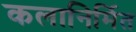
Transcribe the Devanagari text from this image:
कलानिर्मित